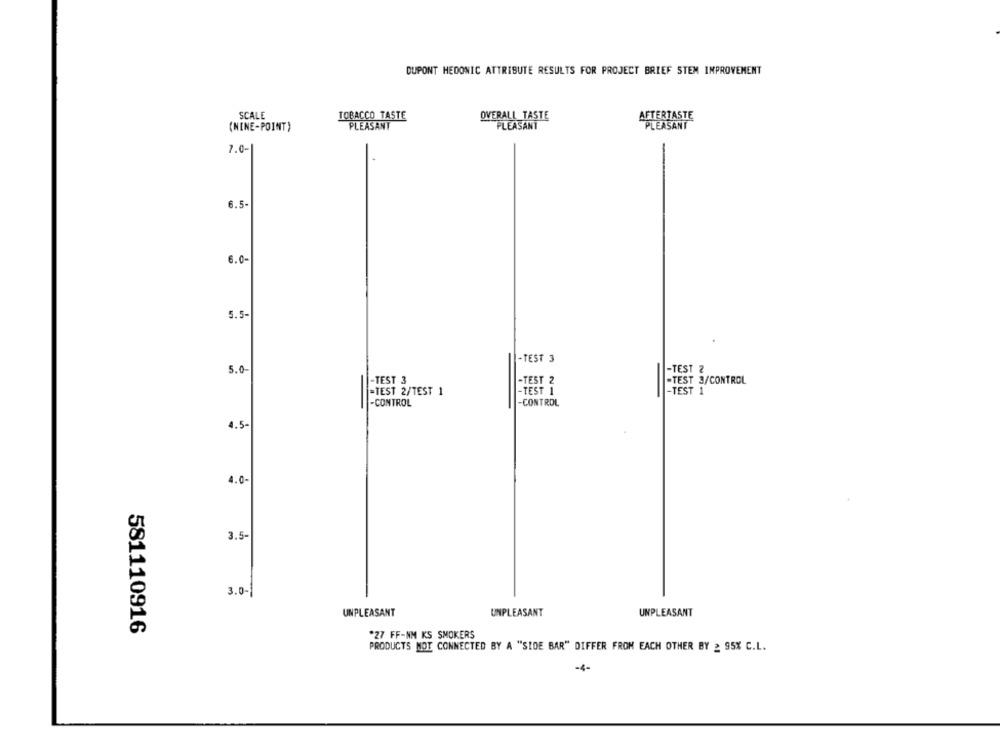
DUPONT HEDONIC ATTRIBUTE RESULTS FOR PROJECT BRIEF STEM IMPROVEMENT
SCALE
TOBACCO TASTE
OVERALL TASTE
AFTERTASTE
(NENE-POINT)
PLEASANT
PLEASANT
PLEASANT
7.0-1
6.5
6.0-
5.5
-TEST 3
-TEST 2
5.0
-
-TEST 3
-TEST 2
-TEST 3/CONTROL
=TEST 2/TEST 1
-TEST 1
-TEST 1
-CONTROL
-CONTROL
4.5
4.0-
3.5-
3.0-
UNPLEASANT
UNPLEASANT
UNPLEASANT
581110916
"27 FF-NM KS SMOKERS
PRODUCTS NOT CONNECTED BY A "SIDE BAR" DIFFER FROM EACH OTHER BY 2 95% C.L.
-4-